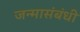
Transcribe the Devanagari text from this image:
जन्मासंबंधी